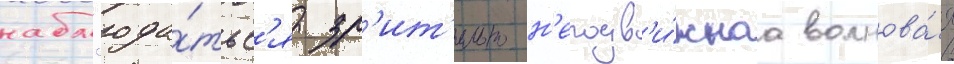
набл'юда́тьс'я зр'ит'ельно н'еподв'и́жнаа волнова́я